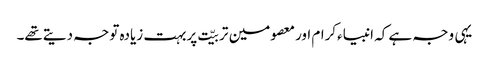
یہی وجہ ہے کہ انبیاءکرام اورمعصومین تربیّت پربہت زیادہ توجہ دیتےتھے۔